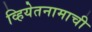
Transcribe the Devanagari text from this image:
व्हियेतनामाची